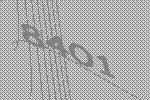
8401